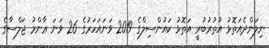
ނިލަންދެއަތޮޅު އުތުރުބުރީ އަތޮޅު ކައުންސިލްގެ 2019 ވަނައަހަރުގެ 26 ވަނަ ޢާންމު ޖަލްސާގެ